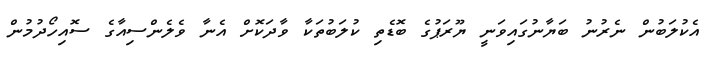
އެކުލަބުން ނެރުނު ބަޔާނުގައިވަނީ ޔޫރަޕުގެ ބޮޑެތި ކުލަބުތަކާ ވާދަކޮށް އެނާ ވެލެންސިއާގެ ސޮއިހޯދުމުން